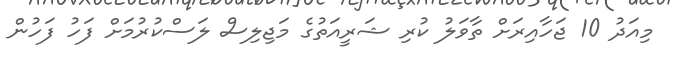
މިއަދު 10 ޖަހާއިރަށް ތާވަލު ކުރި ޝަރީއަތުގެ މަޖިލިސް ލަސްކުރުމަށް ފަހު ފަހުން